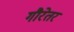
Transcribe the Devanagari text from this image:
गौरेतर